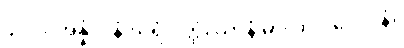
၄၂၂။ အန္နံ ပါနံ ဃရံ ဝတ္ထံ၊ ယာနံ မာလာ ဝိလေပနံ။